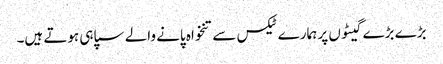
بڑے بڑے گیٹوں پر ہمارے ٹیکس سے تنخواہ پانے والے سپاہی ہوتے ہیں۔